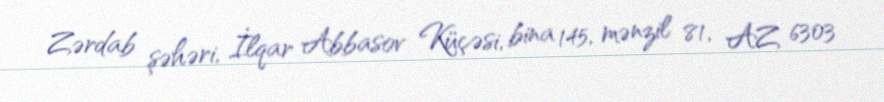
Zərdab şəhəri, İlqar Abbasov Küçəsi, bina 145, mənzil 81, AZ 6303